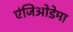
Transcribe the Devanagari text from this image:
एंजिओडेमा